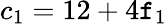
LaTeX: c_{1}=12+4\mathtt{f}_{1}